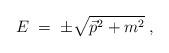
LaTeX: \begin{align*}E \;=\; \pm \sqrt{ \vec{p}^2 + m^2 }\;, \end{align*}